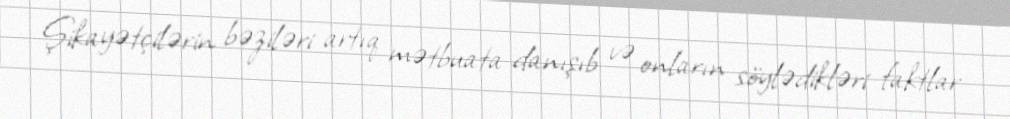
Şikayətçilərin bəziləri artıq mətbuata danışıb və onların söylədikləri faktlar